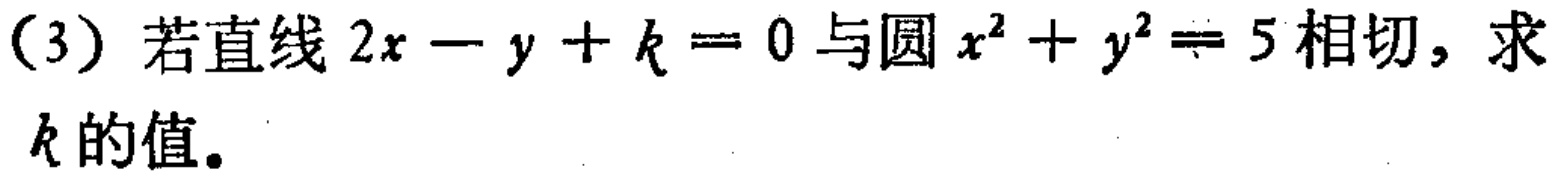
(3) 若直线 \(2x - y + k = 0\) 与圆 \(x^{2}+y^{2}=5\) 相切，求 \(k\) 的值。